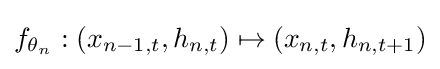
f_{\theta _{n}}:(x_{n-1,t},h_{n,t})\mapsto (x_{n,t},h_{n,t+1})